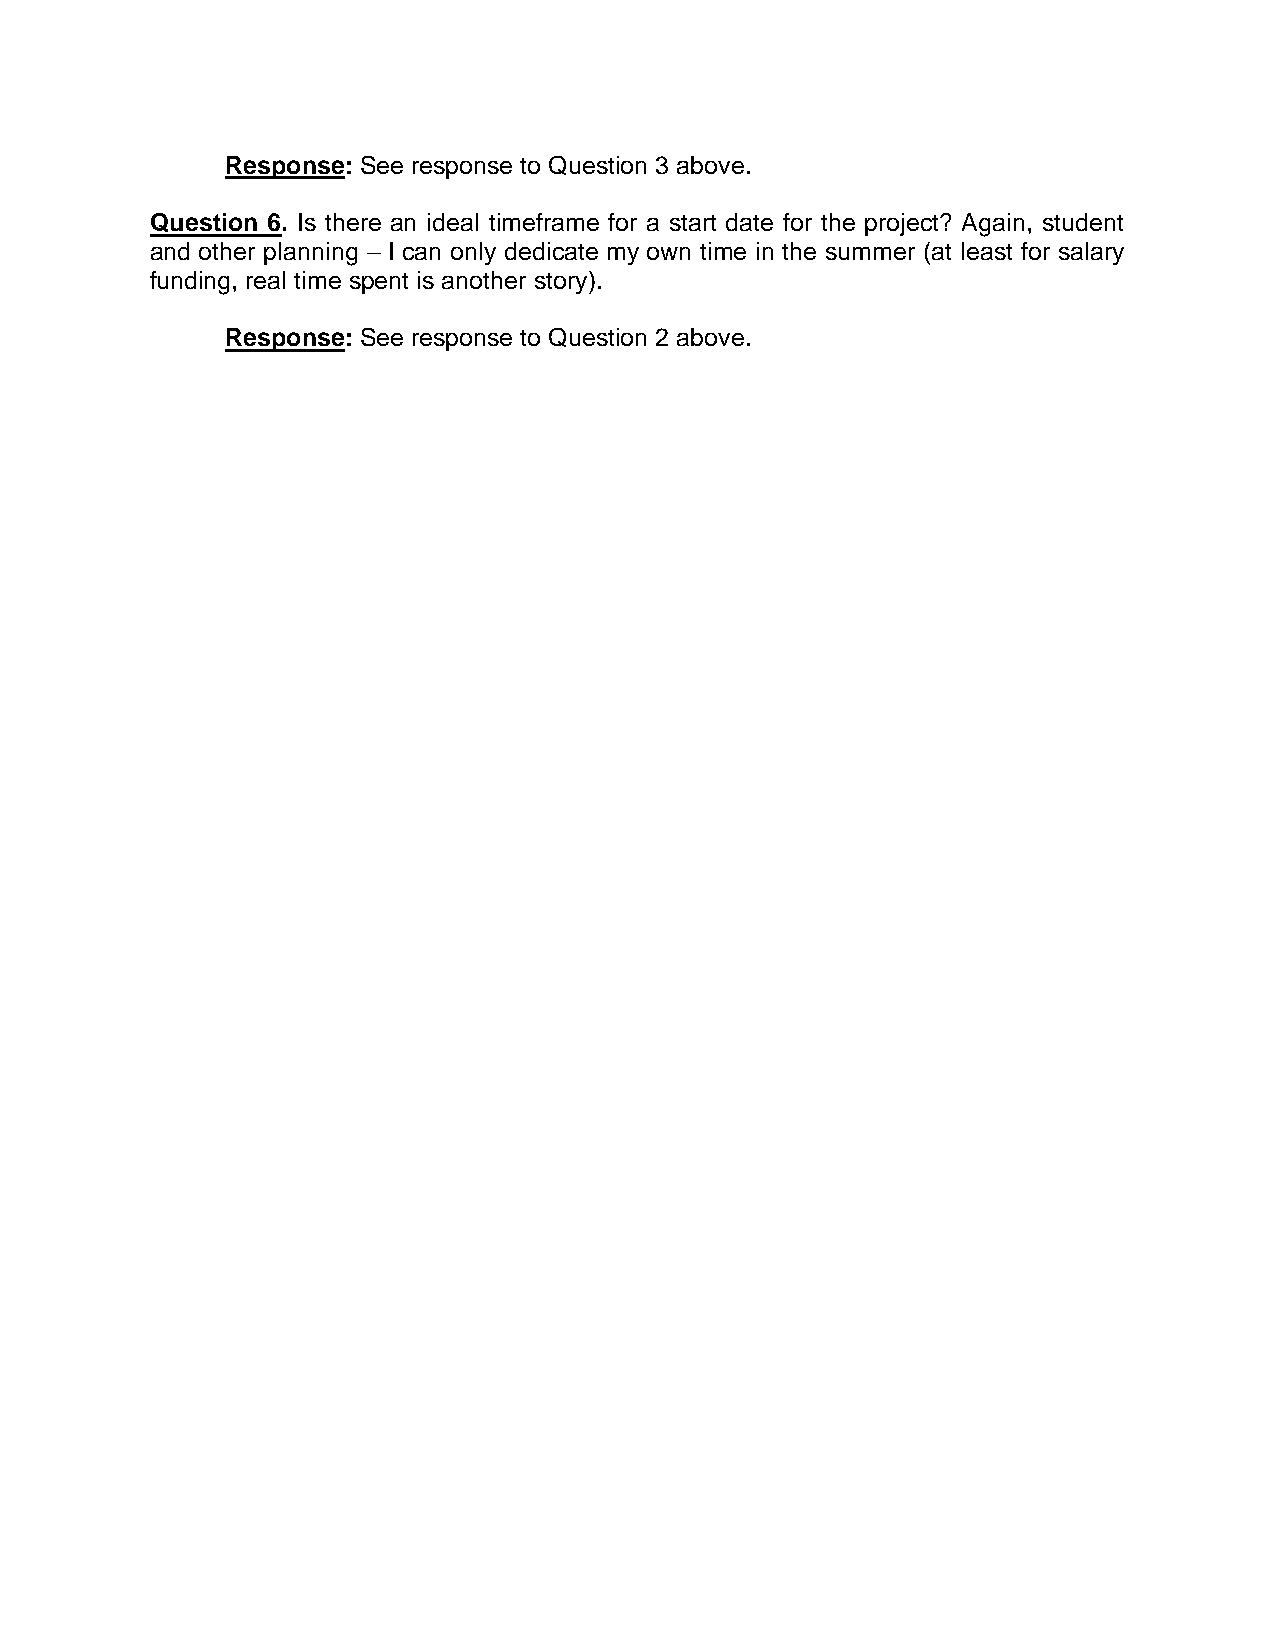
Response: See response to Question 3 above.
 Question 6. Is there an ideal timeframe for a start date for the project? Again, student
 and other planning – I can only dedicate my own time in the summer (at least for salary
 funding, real time spent is another story).
 Response: See response to Question 2 above.